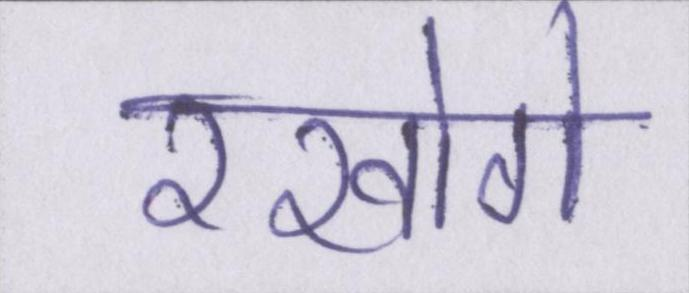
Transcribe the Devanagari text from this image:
रखोगे